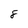
Character: 8